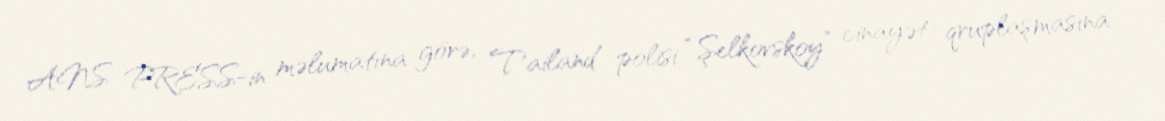
ANS PRESS-in məlumatına görə, Tailand polisi “Şelkovskoy” cinayət qruplaşmasına